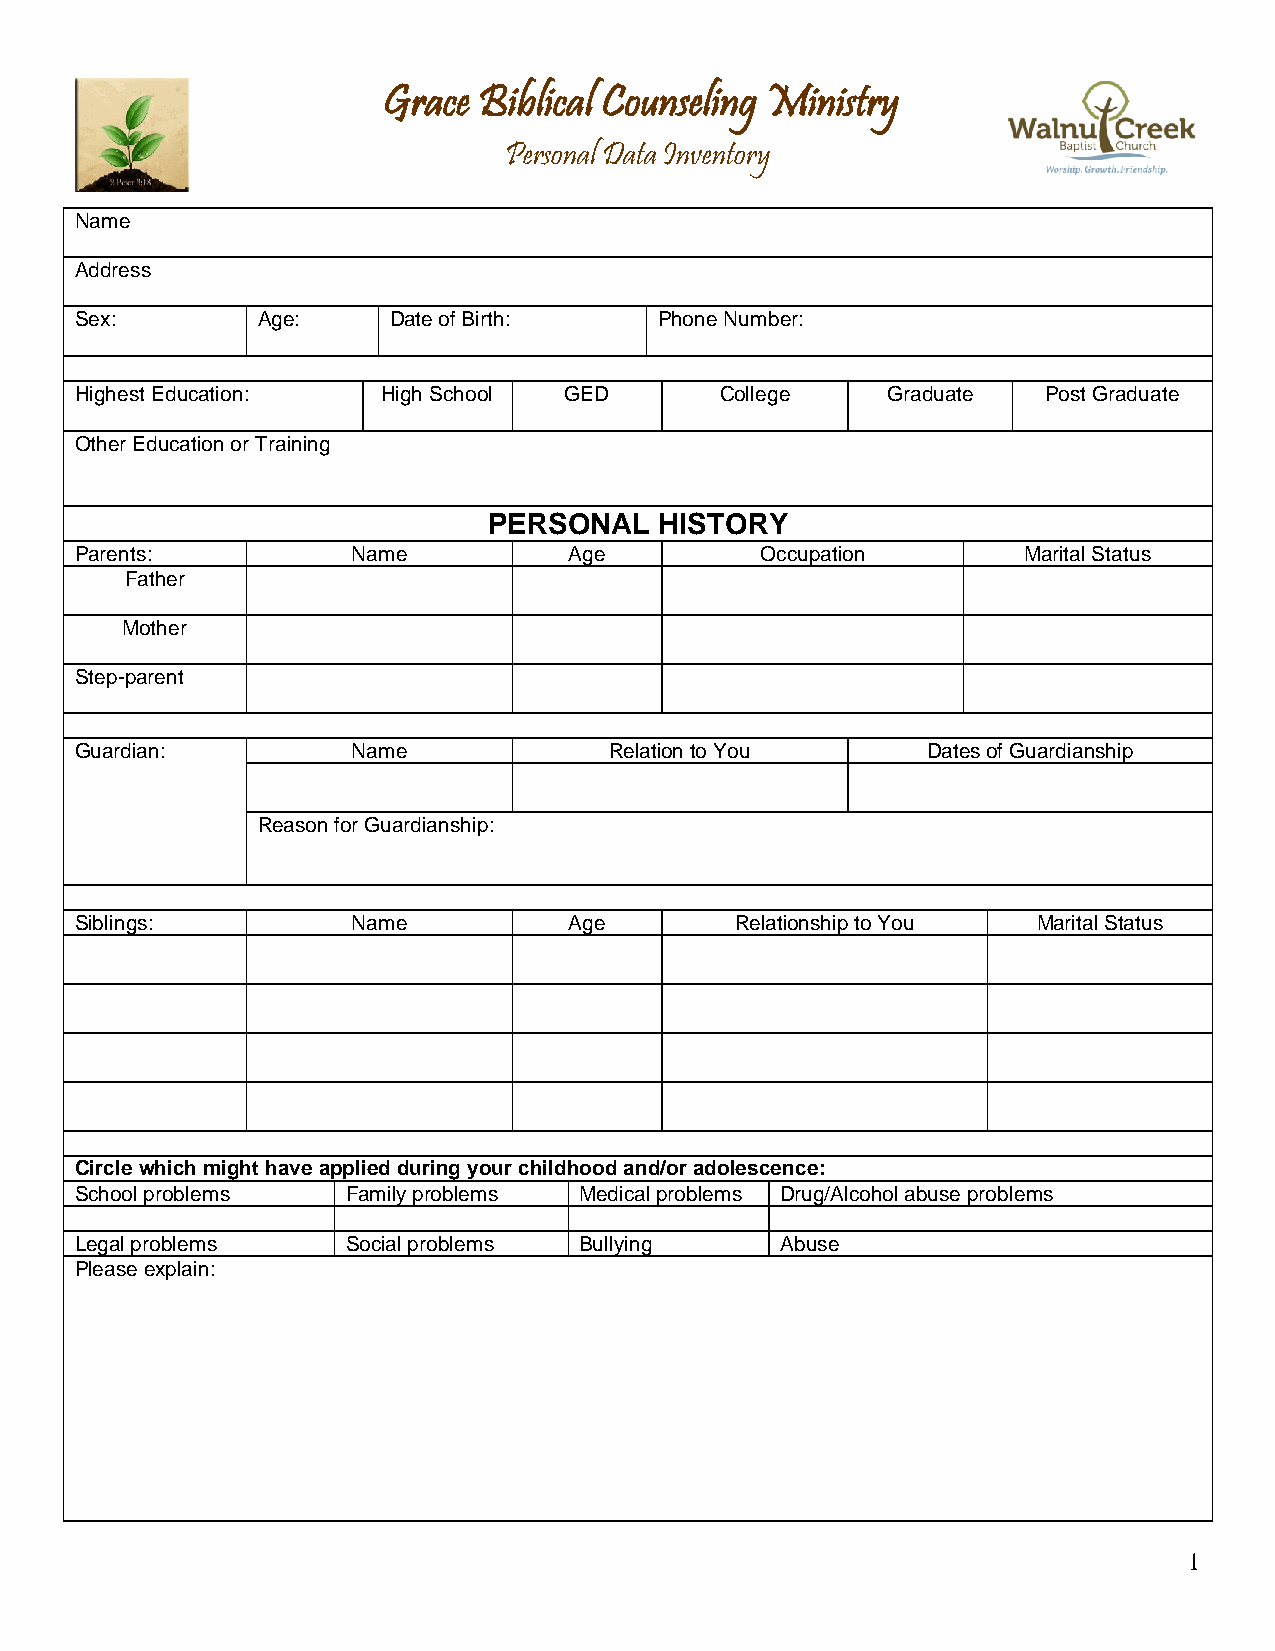
Grace  Biblical Counseling Ministry
 Personal Data Inventory
 Name
 Address
 Sex:        Age:     Date of Birth:    Phone Number:
 Highest Education:  High School GED        College    Graduate  Post Graduate
 Other Education or Training
 PERSONAL    HISTORY
 Parents:          Name           Age         Occupation        Marital Status
 Father
 Mother
 Step-parent
 Guardian:         Name             Relation to You      Dates of Guardianship
 Reason for Guardianship:
 Siblings:         Name           Age        Relationship to You Marital Status
 Circle which might have applied during your childhood and/or adolescence:
 School problems   Family problems Medical problems Drug/Alcohol abuse problems
 Legal problems    Social problems Bullying     Abuse
 Please explain:
 1